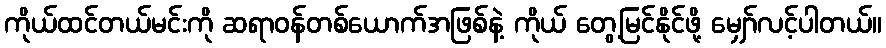
ကိုယ်ထင်တယ်မင်းကို ဆရာဝန်တစ်ယောက်အဖြစ်နဲ့ ကိုယ် တွေ့မြင်နိုင်ဖို့ မျှော်လင့်ပါတယ်။